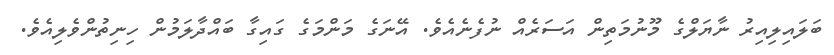
ބަލައިލިއިރު ނާޔަލްގެ މޫނުމަތިން އަސަރެއް ނުފެނެއެވެ. އޭނަގެ މަންމަގެ ގައިގާ ބައްދާލަމުން ހިނިތުންވެލިއެވެ.